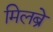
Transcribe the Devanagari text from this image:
मिलब्रे